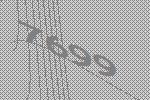
7699